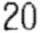
20